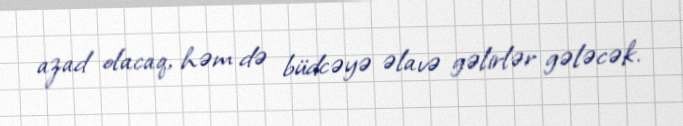
azad olacaq, həm də büdcəyə əlavə gəlirlər gələcək.